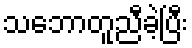
သဘောတူညီခဲ့ပြီး